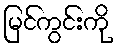
မြင်ကွင်းကို